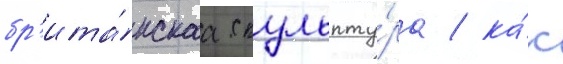
бр'ита́нскаа скульпту́ра / ка́к